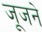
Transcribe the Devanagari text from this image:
जूजने